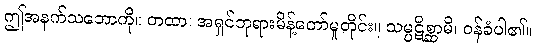
ဤအနက်သဘောကို။ တထာ၊ အရှင်ဘုရားမိန့်တော်မူတိုင်း။ သမ္ပဋိစ္ဆာမိ၊ ဝန်ခံပါ၏။